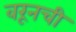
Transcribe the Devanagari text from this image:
वरूनची